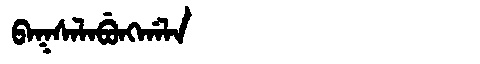
Manchu: ᠪᠠᡴᠰᠠᠯᠠᠪᡠᠩᡤᠠᠯᠠ
Romanization: BAKSALABUNGGALA